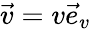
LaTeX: \vec{v}=v\vec{e}_{v}